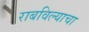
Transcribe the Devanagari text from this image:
राबविल्याचा